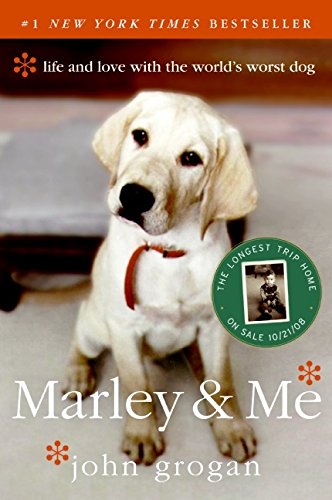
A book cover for Marley & Me: Life and Love with the World's Worst Dog; John Grogan; Crafts, Hobbies & Home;